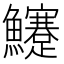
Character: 𩽜